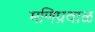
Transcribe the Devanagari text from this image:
मणिप्रवाळ